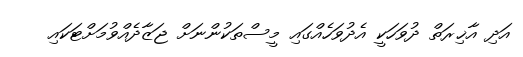
އަދި އާޚިރަތް ދުވަހަކީ އެދުވަހެއްގައި މީސްތަކުންނަށް ޖަޒާދެއްވުމަށްޓަކައި